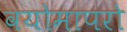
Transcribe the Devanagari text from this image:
वयोमापरो